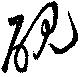
硯